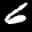
Label: 6